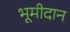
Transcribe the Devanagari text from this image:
भूमीदान